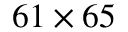
6 1 \times 6 5